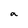
Character: a